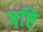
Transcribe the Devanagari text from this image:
षष्टि